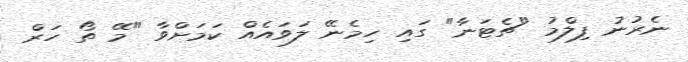
ނެރުނު ފިލްމު "ޗެޓަނާ" ގައި ހިމެނޭ ލަވައެއް ކަމަށްވާ "މޭ ތޯ ހަރް